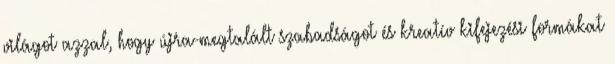
világot azzal, hogy újra-megtalált szabadságot és kreatív kifejezési formákat